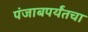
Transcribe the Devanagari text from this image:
पंजाबपर्यंतचा